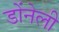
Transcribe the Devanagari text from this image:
डोंनेली